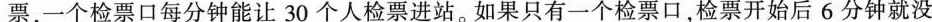
票，一个检票口每分钟能让30个人检票进站。如果只有一个检票口，检票开始后6分钟就没